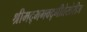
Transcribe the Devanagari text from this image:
श्रीमद्‌भगवद्‌गीतेखेरीज